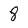
Character: 8